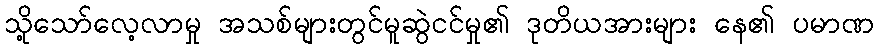
သို့သော်လေ့လာမှု အသစ်များတွင်မူဆွဲငင်မှု၏ ဒုတိယအားများ နေ၏ ပမာဏ